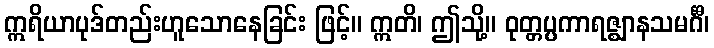
ဣရိယာပုဒ်တည်းဟူသောနေခြင်း ဖြင့်။ ဣတိ၊ ဤသို့။ ဝုတ္တပ္ပကာရဇ္ဈာနသမင်္ဂီ၊